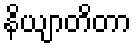
နိယျာတိတာ